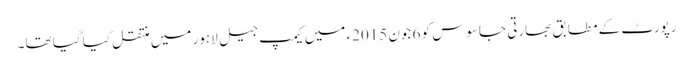
رپورٹ کے مطابق بھارتی جاسوس کو 6 جون 2015ء میں کیمپ جیل لاہور میں منتقل کیا گیا تھا۔